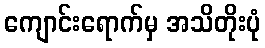
ကျောင်းရောက်မှ အသိတိုးပုံ